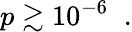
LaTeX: p\gtrsim 10^{-6}\; \; .